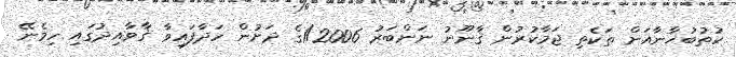
ކުތުބުޚާނާއަށް ތަކެތި ޖަމާކުރުން ޤާނޫނު ނަންބަރު 1/2006ގެ ދަށުން ހަދާފައިވާ ޤާވާއިދުގައި ހިމެނޭ